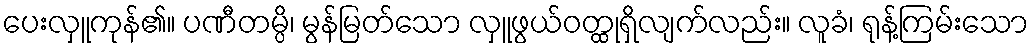
ပေးလှူကုန်၏။ ပဏီတမ္ပိ၊ မွန်မြတ်သော လှူဖွယ်ဝတ္ထုရှိလျက်လည်း။ လူခံ၊ ရုန့်ကြမ်းသော